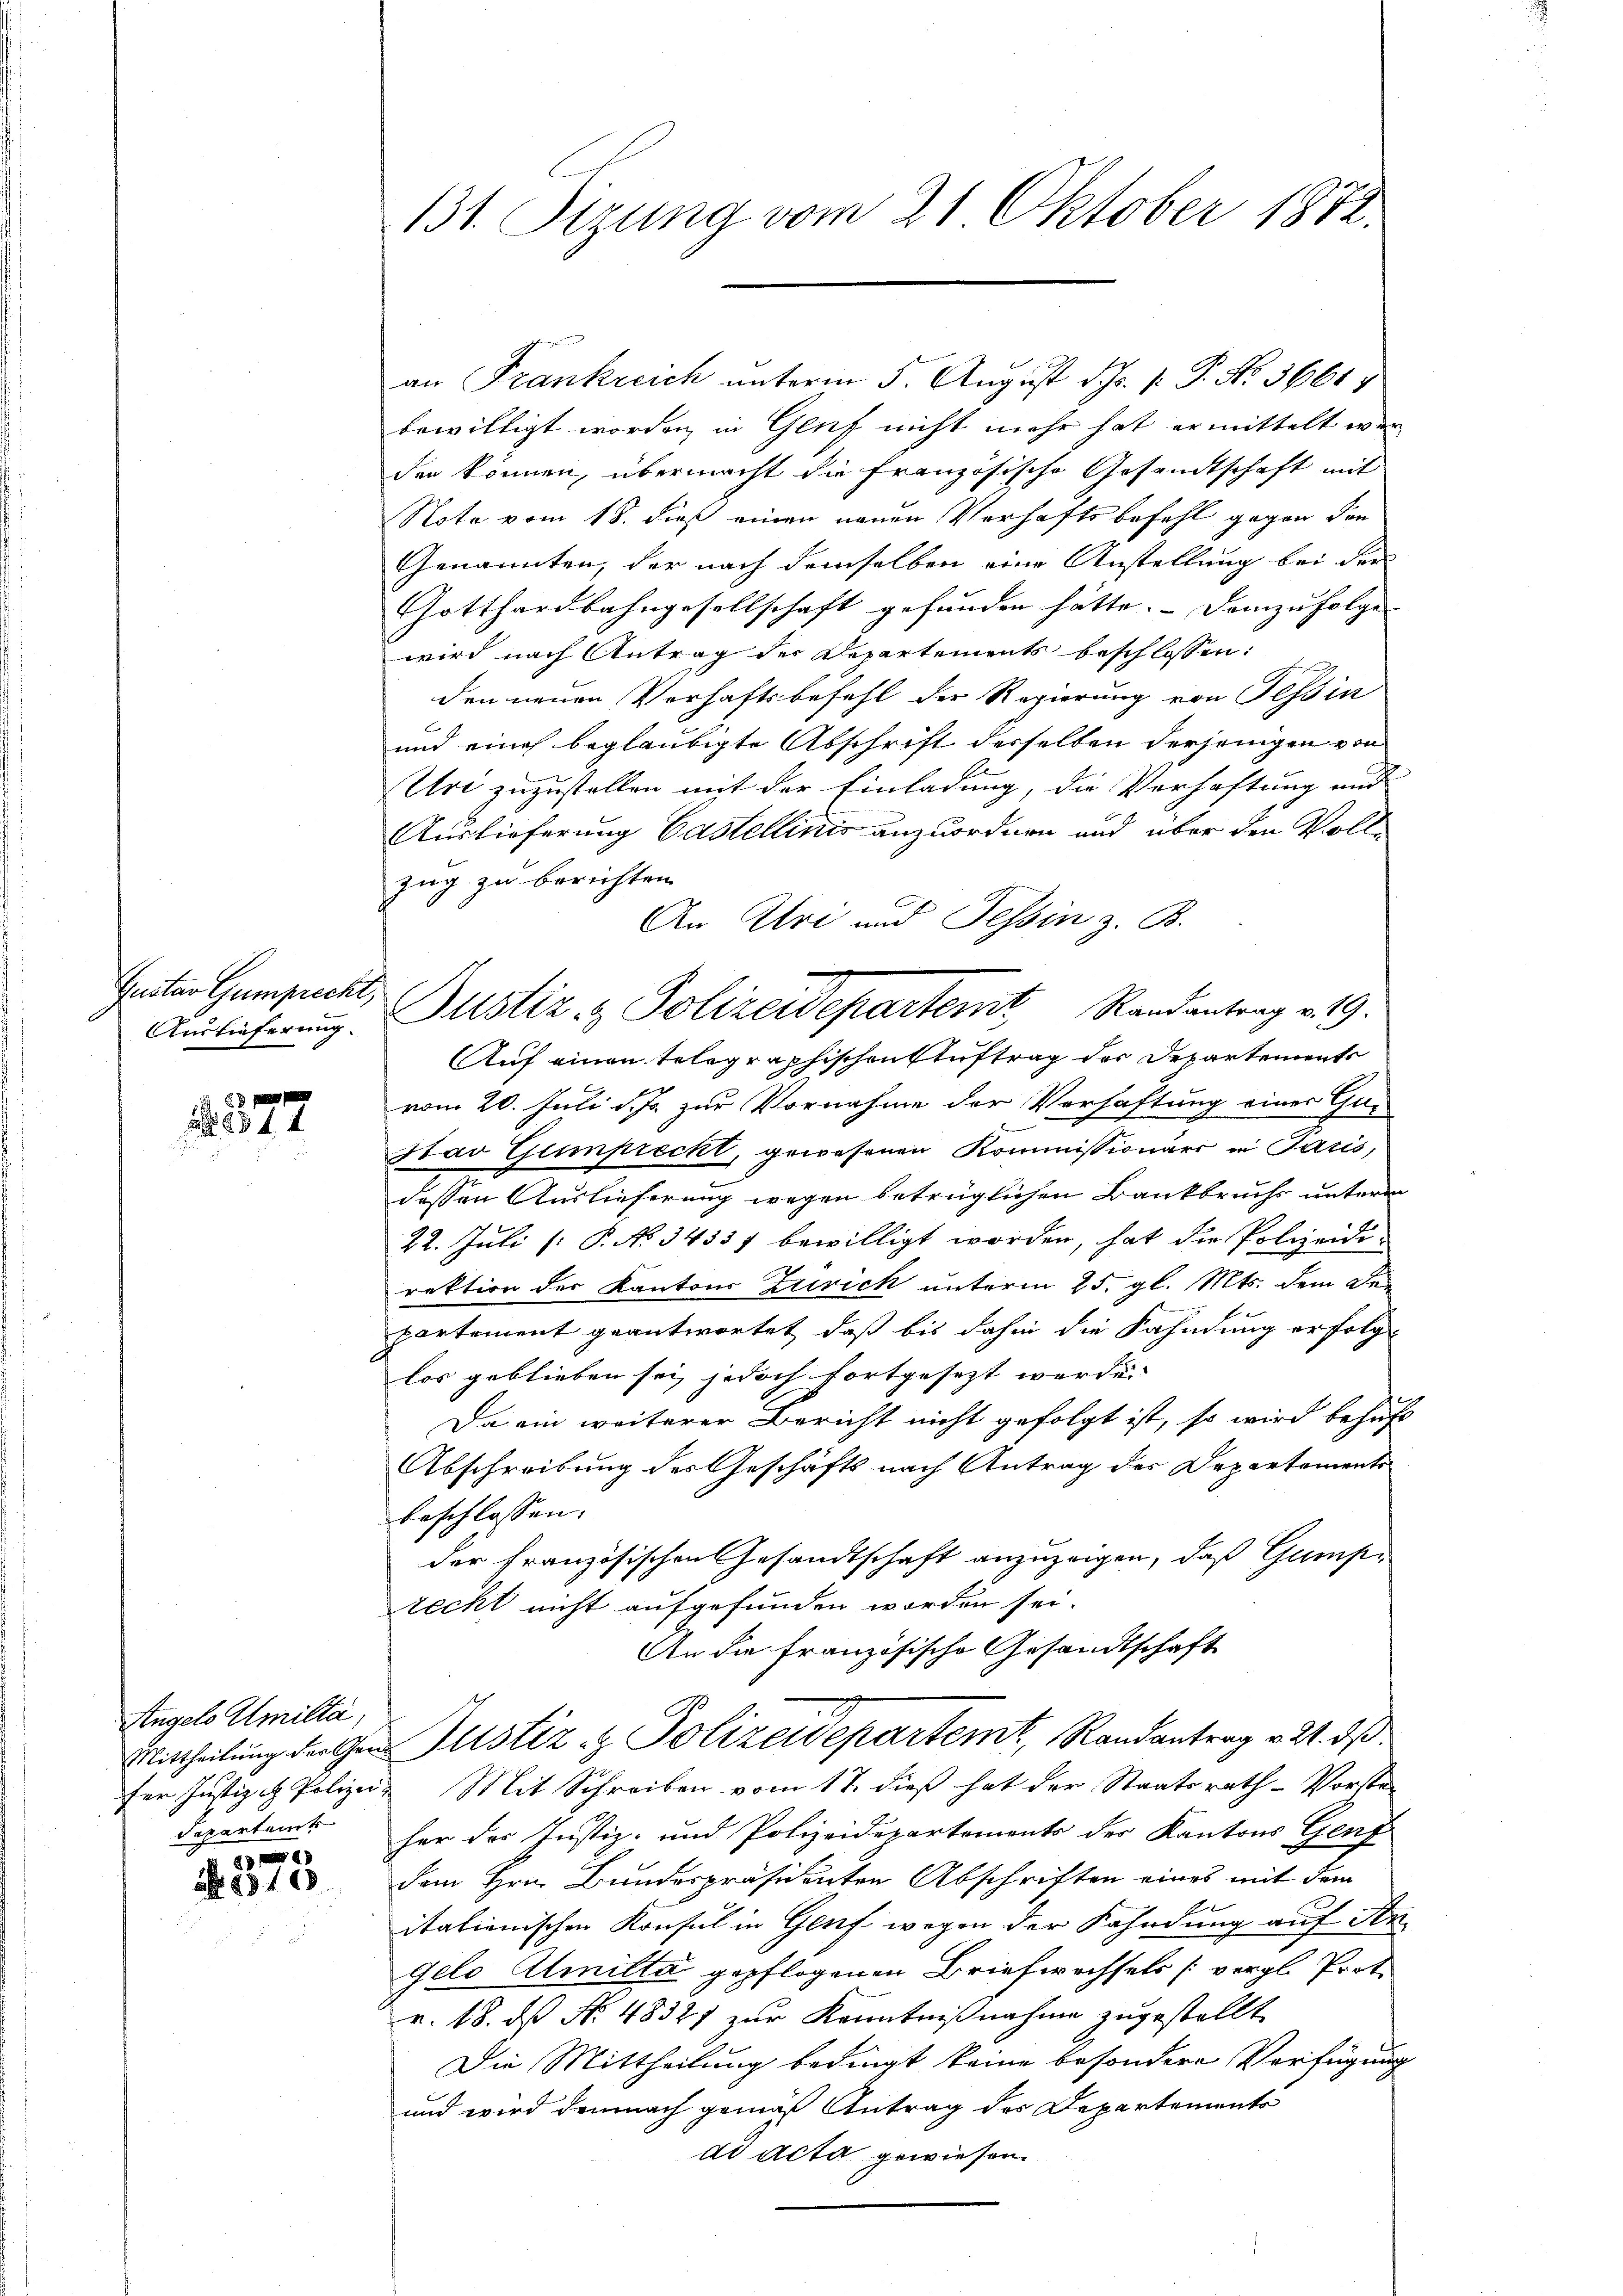
Gustar Gumprecht,
Auslieferung.

. 377

Angelo Amilta,
Departamt

23 f 49
A 1510

131. Sizung vom 21. Oktober 1872.

an Frankreich unterm 5. August Hr. P. P. No. 36617
bewilligt worden, in Glif nicht mehr hat ermittelt wer
den können, übermacht die französische Gesandtschaft mit
Nota vom 18. dieß einen neuen Verhaftsbefehl gegen den
Genannten, der nach demselben eine Anstellung bei der
Gotthardbahngesellschaft gefunden hätte. Demzufolge |
wird nach Antrag der Departements beschlossen:
den neuen Verhaftsbefehl der Regierung von Tessin
und eines beglaubigte Abschrift derselben derjenigen von
Art zuzustellen mit der Einladung, die Verhaftung und
Auslieferung Castellinis anzuordnen und über den Vollzug zu berichten.
An Uri und Tessin z. B.
Auf einen telegraphischen Auftrag der Departements
vom 20. Juli d. Js. zur Vornahme der Verhaftung einer Ge-
Hav Gumprecht, gewesenen Kommissionärs in Paris,
dessen Auslieferung wegen betrüglichen Bankbruchs untern
22. Juli [ P. No 34557 bewilligt worden, hat die Polizeidi-
rektion der Kantons Zürich unterm 25. gl. Mts. dem Departement geantwortet, daß bis dahin die Fahndung erfolgt
los geblieben sei, jedoch fortgesezt werde. |
Da ein weiterer Bericht nicht gefolgt ist, so wird behuf
Abschreibung des Geschäfts nach Antrag des Departements
beschlossen.
der französischen Gesandtschaft anzuzeigen, daß Gamprecht nicht aufgefunden worden sei.
An die französische Gesandtschaft
Mittheilung der er Justiz & Polizeidepartemt, Randantrag v. 21. ds.
fer Justiz- Polizei- Mit Schreiben vom 17. dieß hat der Staatsrath-Vorste-
her des Justiz- und Polizeidepartements der Kantons Genf
dem Hrn. Bundespräsidenten Abschriften eines mit dem
itationischen Konsul in Genf wegen der Kahndung auf Angelo Almitta gepflogenen Briefwechsels (vergl. Prot.
r. 18. ds No. 4832) zur Kenntnißnahme zugestellt
Die Mittheilung bedingt keine besondere Verfügung
und wird demnach gemäß Antrag des Departements
dd Acta gewiesen.

Justiz & Polizeidepartemt, Randantrag v. 19.